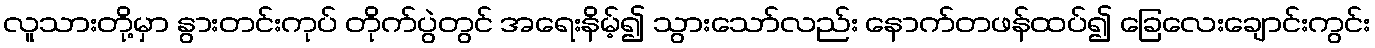
လူသားတို့မှာ နွားတင်းကုပ် တိုက်ပွဲတွင် အရေးနိမ့်၍ သွားသော်လည်း နောက်တဖန်ထပ်၍ ခြေလေးချောင်းကွင်း